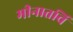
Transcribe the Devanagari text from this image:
मीनातचि